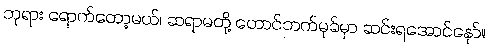
ဘုရား ရောက်တော့မယ်၊ ဆရာမတို့ တောင်ဘက်မုခ်မှာ ဆင်းရအောင်နော်။